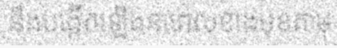
នឹងបង្កើតឡើងនាពេលខាងមុខតាម